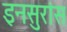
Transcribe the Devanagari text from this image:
इनसुरांस